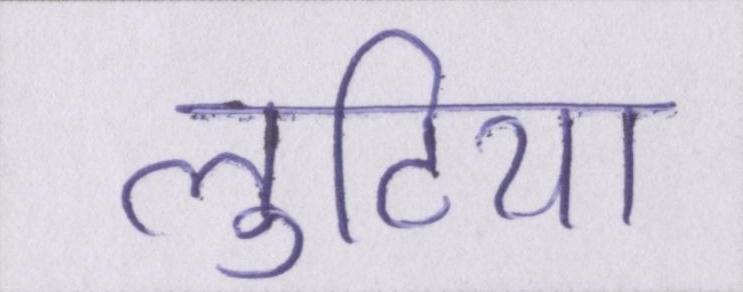
लुटिया